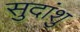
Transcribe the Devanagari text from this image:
सुदांशु